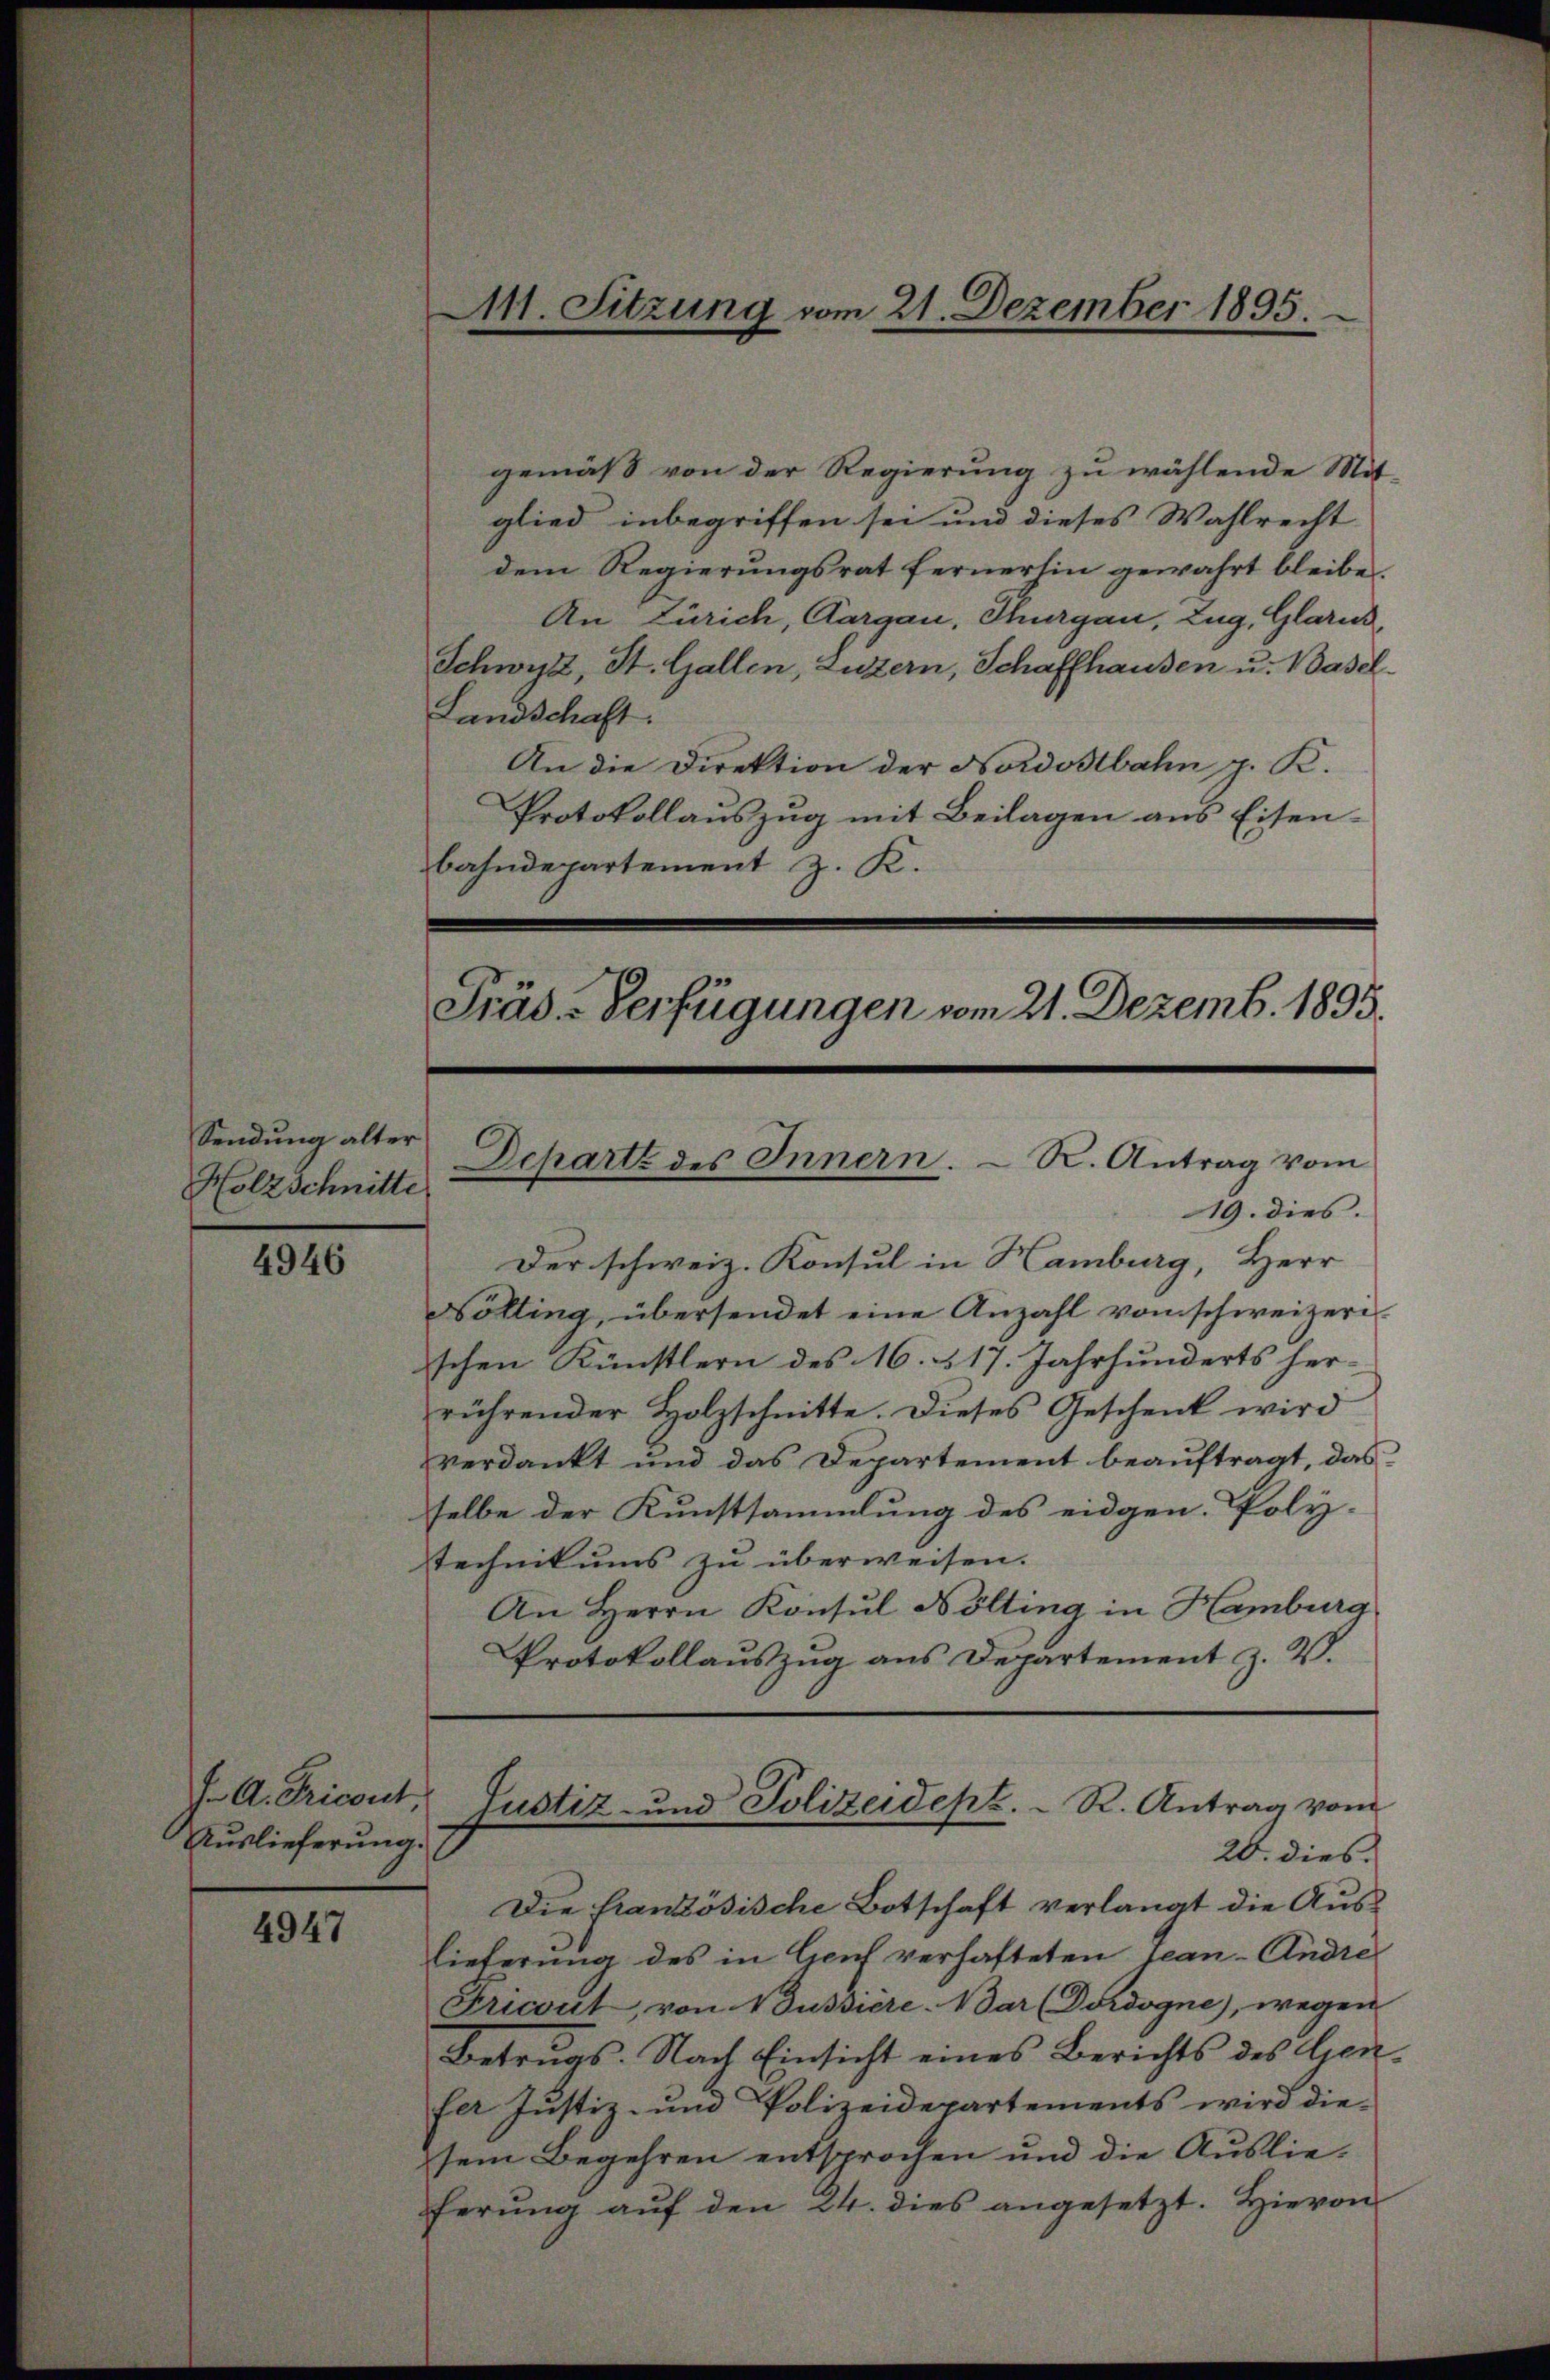
Sendung alter
Holzschnitte

4946

Auslieferung.

4947

gemäß von der Regierung zu wählende Mit-
glied inbegriffen sei und dieses Wahlrecht
dem Regierungsrat fernerhin gewahrt bleibe.
An Zürich, Aargau, Thurgau, Zug, Glarus,
Schwyz, St. Gallen, Luzern, Schaffhausen u. Basel-
Landschaft.
An die Direktion der Nordostbahn g. K.
Protokollauszug mit Beilagen aus Eisen-
bahndepartement z. K.
Präd-Verfügungen vom 21. Dezemb. 1895.

M11. Sitzung vom 21. Dezember 1895.

Departz des Innern. R. Antrag vom

19. dies.
Der schweiz. Konsul in Hamburg, Herr
Völling, übersendet eine Anzahl von schweizeri
schen Künstlern des 16. 517. Jahrhunderts her-
rührender Holzschnitte. Dieses Geschenk wird
verdankt und das Departement beauftragt, das
selbe der Kunstsammlung des eidgen. Poly-
Technikums zu überweisen.
An Herrn Konsul Nölting in Hamburg
Protokollauszug aus Departement z. V.

J. A. Tricout, Justiz- und Polizeidept. R. Antrag vom
20. dies

Die Französische Botschaft verlangt die Auslieferung des in Genf verhafteten Tean-Andre
Fricont, von Nussiere. War (Dordogne), wegen
Betrugs. Nach Einsicht eines Berichts des Genfer Justiz- und Polizeidepartements wird die-
sem Begehren entsprochen und die Auslieferŭng aŭf den 24. dies angesetzt. Hievon